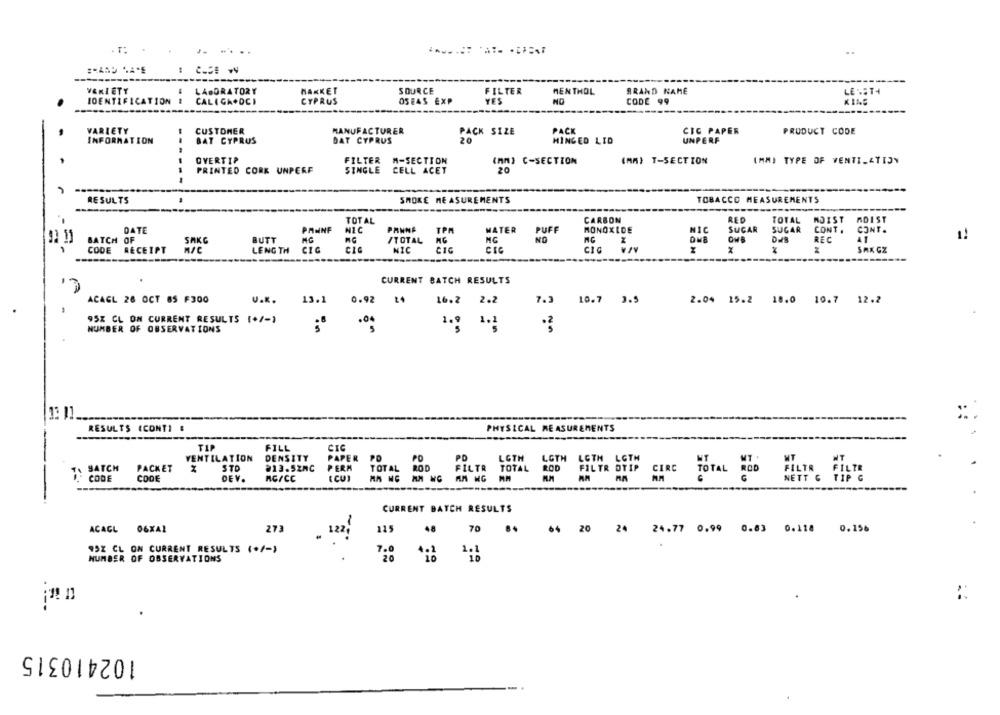
. T.
......
VARIETY
LABORATORY
HAKKET
SOURCE
FILTER
MENTHOL
BRAND NAME
LE .ST4
IDENTIFICATION
CYPRUS
NO
CODE 99
CALIGA.DCI
OSEAS EXP
YES
CUSTOMER
PACK
VARIETY
MANUFACTURER
PACK SIZE
CIC PAPER
PRODUCT CODE
INFORMATION
BAT CYPRUS
DAT CYPRUS
20
HINGED LID
UNPERF
-----
OVERTIP
FILTER M-SECTION
(MM) C-SECTION
(MM) T-SECTION
IMMI TYPE OF VENTILATION
PRINTED CORK UNPERF
SINGLE CELL ACET
20
RESULTS
SMOKE MEASUREMENTS
TOBACCO MEASUREMENTS
TOTAL
CARBON
RED
TOTAL
WOIST
ADIST
DATE
PANNE
HI.C
PANNA
TPA
PUFF
MONOXIDE
NIC
SUGAR
SUGAR
CONT .
CONT .
MATER
BATCH OF
SAKG
BUTT
/TOTAL
NO
NG
REC
41
CODE
RECEIPT
M/C
LENGTH
CIO
NIC
CIC
CIC
SAK CZ
CURRENT BATCH RESULTS
ACAGL 28 OCT 85 F300
U.K.
13.1
0.92
t4
16.2
2.2
7.3
2.04 15.2 18.0 10.7 12.2
10.7 3.5
95% CL ON CURRENT RESULTS (+/-1
NUMBER OF OBSERVATIONS
1.9 1.2
1:11
RESULTS (CONTI #
PHYSICAL MEASUREMENTS
-
TIP
FILL
CIC
VENTILATION
DENSITY
PAPER PD
PO
LGTH
LGTH
LGTH LGTH
PD
NT
SATCH
PACKET
STO
≥13.52MC
PERM
TOTAL ROD
FILTR
TOTAL
BOD
FILTR OTIP
CIRC
FILTR FILTR
CODE
CODE
DEV.
AC/CC
TOTAL ROD
NETT & TIP G
CURRENT BATCH RESULTS
ACAGL 06XA1
48
70
0.156
273
122;
115
84 64 20 24 24.77 0.99 0.83 0.118
95% CL ON CURRENT RESULTS (+/-)
7.0
1.1
NUMBER OF OBSERVATIONS
20
10
::
102410315